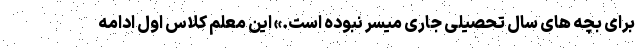
برای بچه های سال تحصیلی جاری میسر نبوده است.» این معلم کلاس اول ادامه